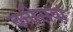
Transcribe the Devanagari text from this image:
बत्तीसवां